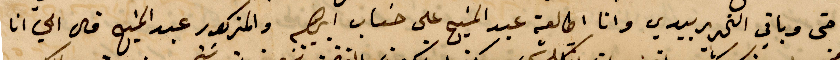
حتى وباقي التحرير بيدي وانا اطالعه عبد المسيح على حساب ابرهيم والمذكور عبد المسيح قال لي انا